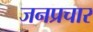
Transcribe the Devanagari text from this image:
जनप्रचार